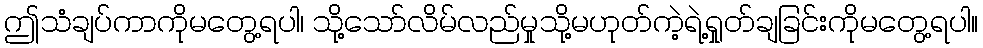
ဤသံချပ်ကာကိုမတွေ့ရပါ၊ သို့သော်လိမ်လည်မှုသို့မဟုတ်ကဲ့ရဲ့ရှုတ်ချခြင်းကိုမတွေ့ရပါ။